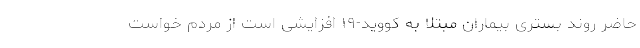
حاضر روند بستری بیماران مبتلا به کووید-۱۹ افزایشی است از مردم خواست